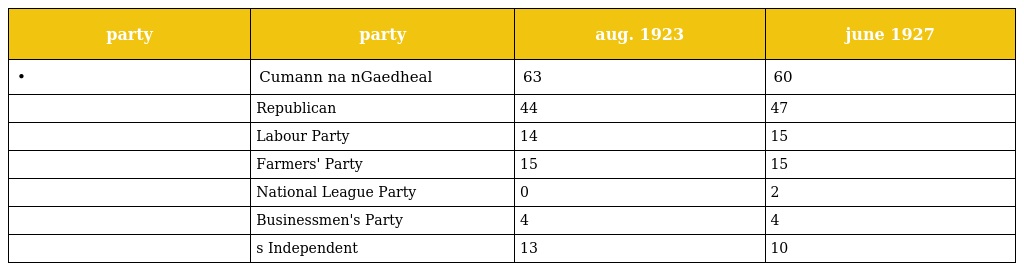
| party | party | aug. 1923 | june 1927 |
 | --- | --- | --- | --- |
 | • | Cumann na nGaedheal | 63 | 60 |
 |  | Republican | 44 | 47 |
 |  | Labour Party | 14 | 15 |
 |  | Farmers' Party | 15 | 15 |
 |  | National League Party | 0 | 2 |
 |  | Businessmen's Party | 4 | 4 |
 |  | s Independent | 13 | 10 |